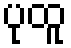
ပုထူ